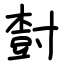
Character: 𡬾